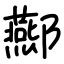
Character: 酀